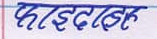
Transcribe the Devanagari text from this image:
फिड़कालक